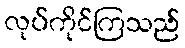
လုပ်ကိုင်ကြသည်